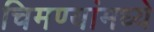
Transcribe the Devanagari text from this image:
चिमण्यांमध्ये